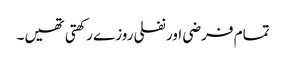
تمام فرضی اور نفلی روزے رکھتی تھیں۔